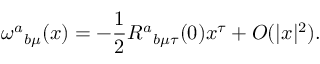
{ \omega ^ { a } } _ { b \mu } ( x ) = - { \frac { 1 } { 2 } } { R ^ { a } } _ { b \mu \tau } ( 0 ) x ^ { \tau } + O ( | x | ^ { 2 } ) .